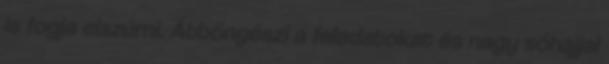
is fogja elszúrni. Átböngészi a feladatokat és nagy sóhajjal